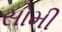
સોમી